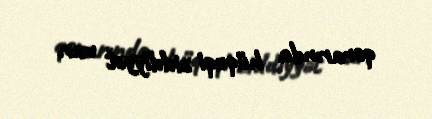
qərarında hüquqi ziddiyyət var.